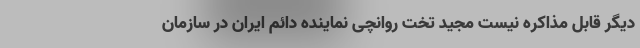
دیگر قابل مذاکره نیست مجید تخت روانچی نماینده دائم ایران در سازمان